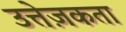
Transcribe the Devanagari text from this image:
उत्तेज़कता